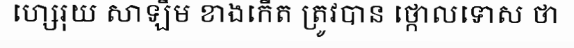
ហ្សេរុយ សាឡឹម ខាងកើត ត្រូវបាន ថ្កោលទោស ថា